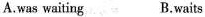
A.was waiting B.waits